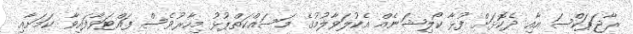
ރާޖަޕަކްސަ އާއި ދެކޮޅަށް ފުޅާ ކޯލިޝަނެއް އެކުލަވާލުމުގެ މަސައްކަތްޕުޅު މިހާރުވެސް ފައްޓަވާފައިވާ ކަމަށާއި